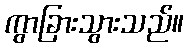
ကွာခြားသွားသည်။